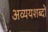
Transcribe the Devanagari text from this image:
अव्ययशब्दों